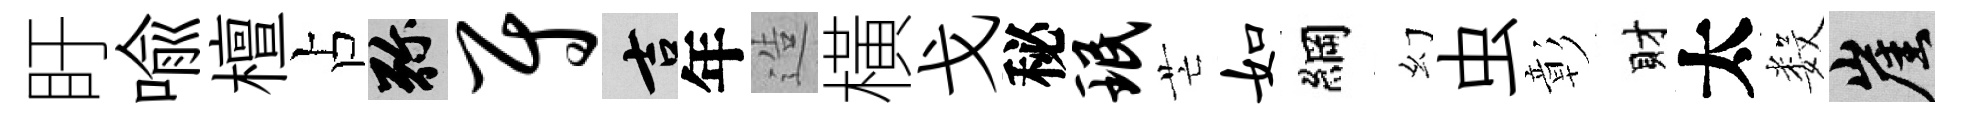
盱喻檀占弥尉吉年造橫戈秘珉芒如綱幻虫彰財太数崖